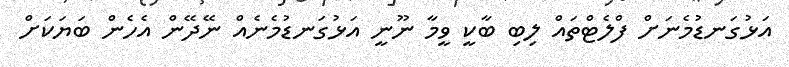
އަޅުގަނޑުމެނަށް ފްލެޓްތައް ލިބި ބާކީ ވީމާ ނޫނީ އަޅުގަނޑުމެނެއް ނޭދޭން އެހެން ބަޔަކަށް